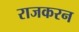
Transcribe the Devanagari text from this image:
राजकरन